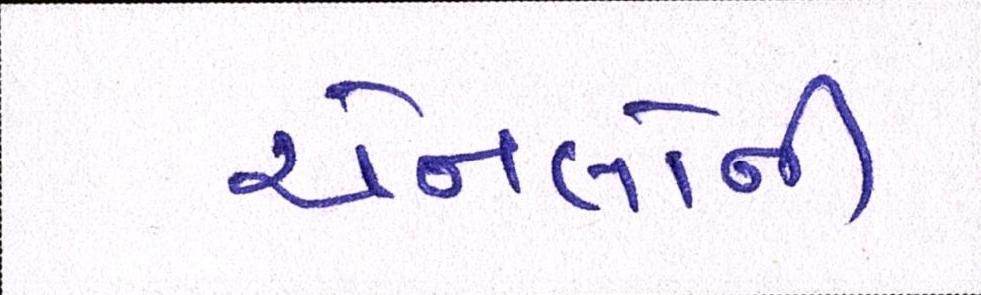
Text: ચેનલોની